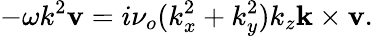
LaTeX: -\omega k^{2}\mathbf{v}=i\nu_{o}(k_{x}^{2}+k_{y}^{2})k_{z}\mathbf{k}\times\mathbf{v}.